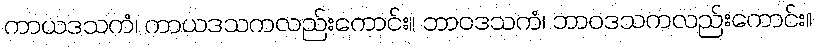
ကာယဒသကံ၊ ကာယဒသကလည်းကောင်း။ ဘာဝဒသကံ၊ ဘာဝဒသကလည်းကောင်း။